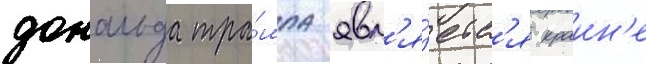
дональда тра́мпа явл'я́етс'я краин'е